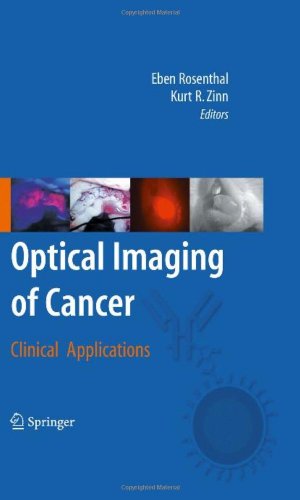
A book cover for Optical Imaging of Cancer: Clinical Applications; Medical Books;